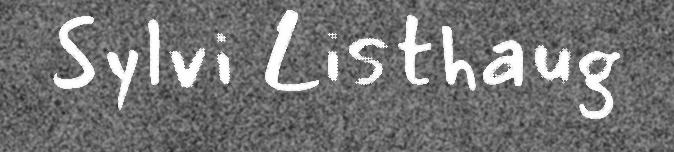
Sylvi Listhaug